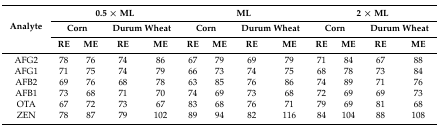
| <ROWSPAN=3> Analyte | <COLSPAN=4> 0.5 × ML | <COLSPAN=4> ML | <COLSPAN=4> 2 × ML |
 | <COLSPAN=2> Corn | <COLSPAN=2> Durum Wheat | <COLSPAN=2> Corn | <COLSPAN=2> Durum Wheat | <COLSPAN=2> Corn | <COLSPAN=2> Durum Wheat |
 | RE | ME | RE | ME | RE | ME | RE | ME | RE | ME | RE | ME |
 | --- | --- | --- | --- | --- | --- | --- | --- | --- | --- | --- | --- | --- |
 | AFG2 | 78 | 76 | 74 | 86 | 67 | 79 | 69 | 79 | 71 | 84 | 67 | 88 |
 | AFG1 | 71 | 75 | 74 | 79 | 66 | 73 | 74 | 75 | 68 | 78 | 73 | 84 |
 | AFB2 | 69 | 76 | 68 | 78 | 63 | 85 | 76 | 86 | 74 | 89 | 71 | 76 |
 | AFB1 | 73 | 68 | 71 | 70 | 74 | 69 | 73 | 68 | 72 | 69 | 69 | 73 |
 | OTA | 67 | 72 | 73 | 67 | 83 | 68 | 76 | 71 | 79 | 69 | 81 | 68 |
 | ZEN | 78 | 87 | 79 | 102 | 89 | 94 | 82 | 116 | 84 | 104 | 88 | 108 |